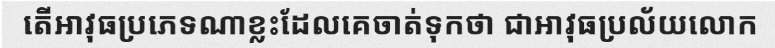
តើអាវុធប្រភេទណាខ្លះដែលគេចាត់ទុកថា ជាអាវុធប្រល័យលោក